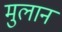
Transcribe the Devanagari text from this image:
मुलानं